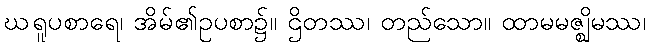
ဃရူပစာရေ၊ အိမ်၏ဥပစာ၌။ ဌိတဿ၊ တည်သော။ ထာမမဇ္ဈိမဿ၊